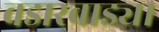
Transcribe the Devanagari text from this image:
वडारवाड्या